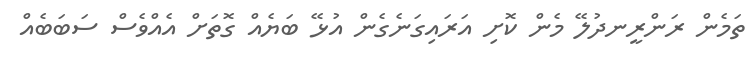
ތަމެން ރަންރީނދުލޭ މެން ކޮށި އަރައިގަނެގެން އުޅޭ ބަޔެއް ގޮތަށް އެއްވެސް ސަބަބެއް